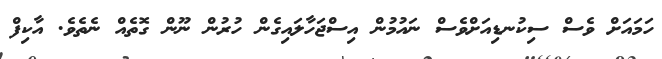
ހަމައަށް ވެސް ސިކުނޑިއަށްވެސް ނައުމުން އިސްޖަހާލައިގެން ހުރުން ނޫން ގޮތެއް ނެތެވެ. އާކިފް